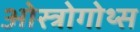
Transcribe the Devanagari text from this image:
ओस्त्रोगोथ्स